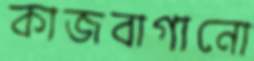
কাজবাগানো